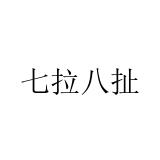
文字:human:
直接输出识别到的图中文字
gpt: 七拉八扯